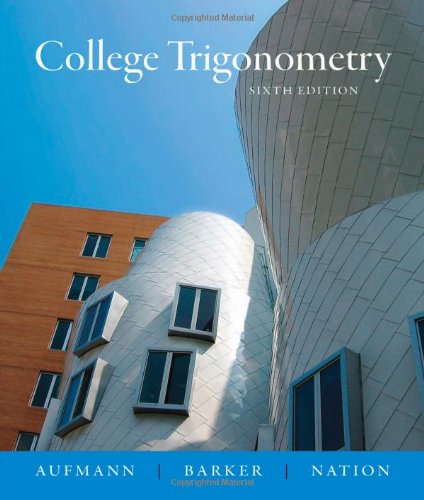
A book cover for College Trigonometry; Richard N. Aufmann; Science & Math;